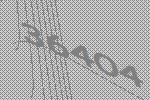
36404